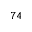
^ { 7 4 }